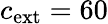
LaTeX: c_{\mathrm{ext}}=60